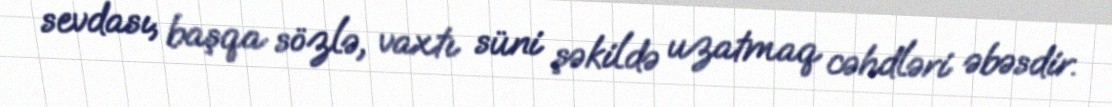
sevdası, başqa sözlə, vaxtı süni şəkildə uzatmaq cəhdləri əbəsdir.